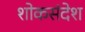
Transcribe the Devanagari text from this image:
शोकसंदेश